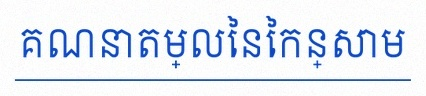
គណនាតម្លៃនៃកន្សោម